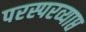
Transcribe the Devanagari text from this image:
परस्परव्याप्त